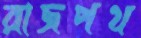
রাজপথ